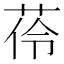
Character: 𦰐